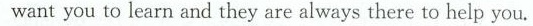
want you to learn and they are always there to help you.